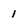
Character: 1